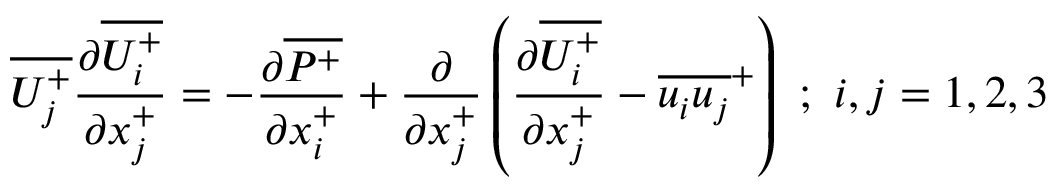
\overline { { U _ { j } ^ { + } } } \frac { \partial \overline { { U _ { i } ^ { + } } } } { \partial x _ { j } ^ { + } } = - \frac { \partial \overline { { P ^ { + } } } } { \partial x _ { i } ^ { + } } + \frac { \partial } { \partial x _ { j } ^ { + } } \left( \frac { \partial \overline { { U _ { i } ^ { + } } } } { \partial x _ { j } ^ { + } } - \overline { { u _ { i } u _ { j } } } ^ { + } \right) ~ ; ~ i , j = 1 , 2 , 3